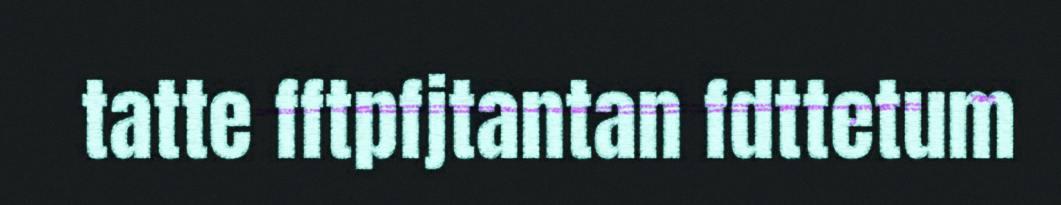
tatte fftpfjtantan fdttetum